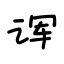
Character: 诨